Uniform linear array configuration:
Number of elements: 12
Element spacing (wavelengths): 0.75
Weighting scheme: blackman
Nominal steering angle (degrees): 15
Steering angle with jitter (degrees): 15.796
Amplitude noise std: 0.05
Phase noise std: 0.05

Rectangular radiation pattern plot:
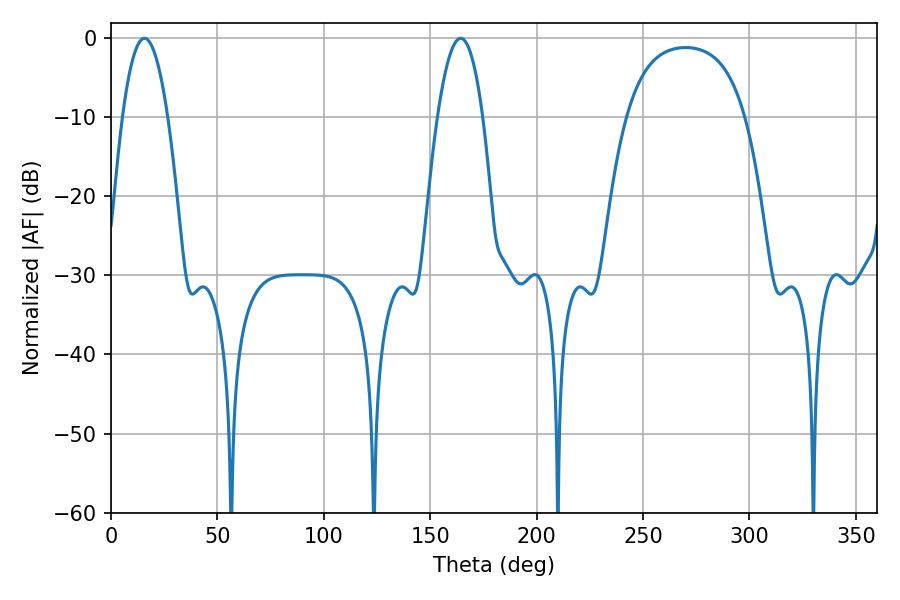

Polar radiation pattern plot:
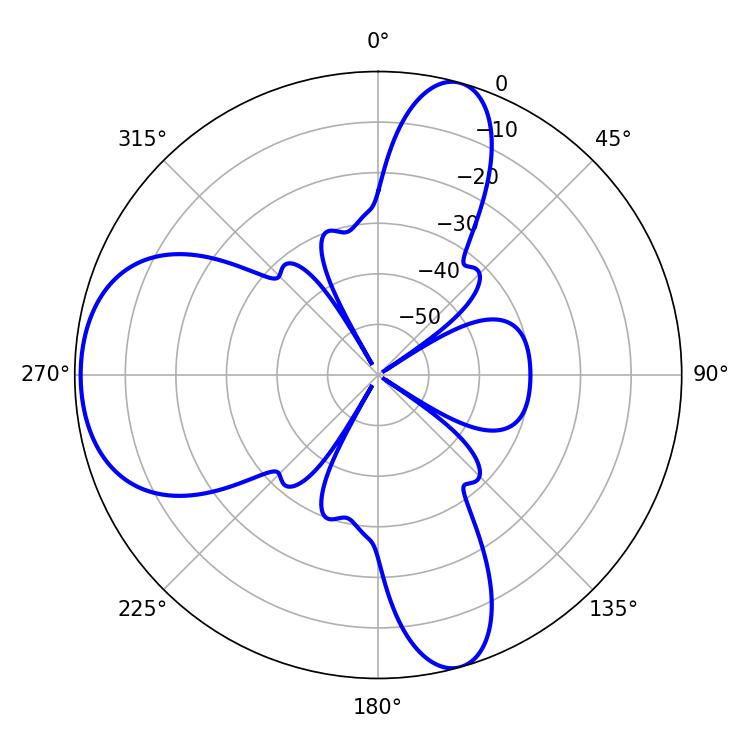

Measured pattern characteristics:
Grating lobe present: TRUE
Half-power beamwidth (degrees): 11.7
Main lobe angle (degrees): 15.66